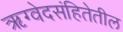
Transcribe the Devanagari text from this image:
ऋग्वेदसंहितेतील